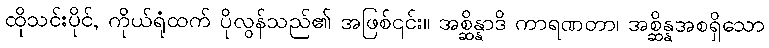
ထိုသင်းပိုင်, ကိုယ်ရုံထက် ပိုလွန်သည်၏ အဖြစ်၎င်း။ အစ္ဆိန္နာဒိ ကာရဏတာ၊ အစ္ဆိန္နအစရှိသော